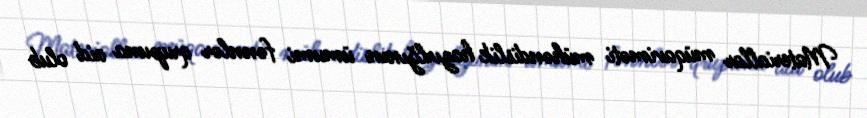
Materiallar müqaviməti mühəndislik hazırlğının ümumi fənnlər qrupuna aid olub